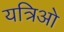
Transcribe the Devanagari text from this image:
यत्रिओ